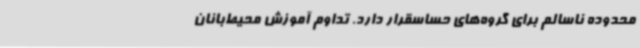
محدوده ناسالم برای گروه‌های حساسقرار دارد. تداوم آموزش محیط‌بانان